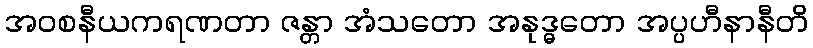
အဝစနီယကရဏတာ ဇန္တာ အံသတော အနုဒ္ဓတော အပ္ပဟီနာနီတိ